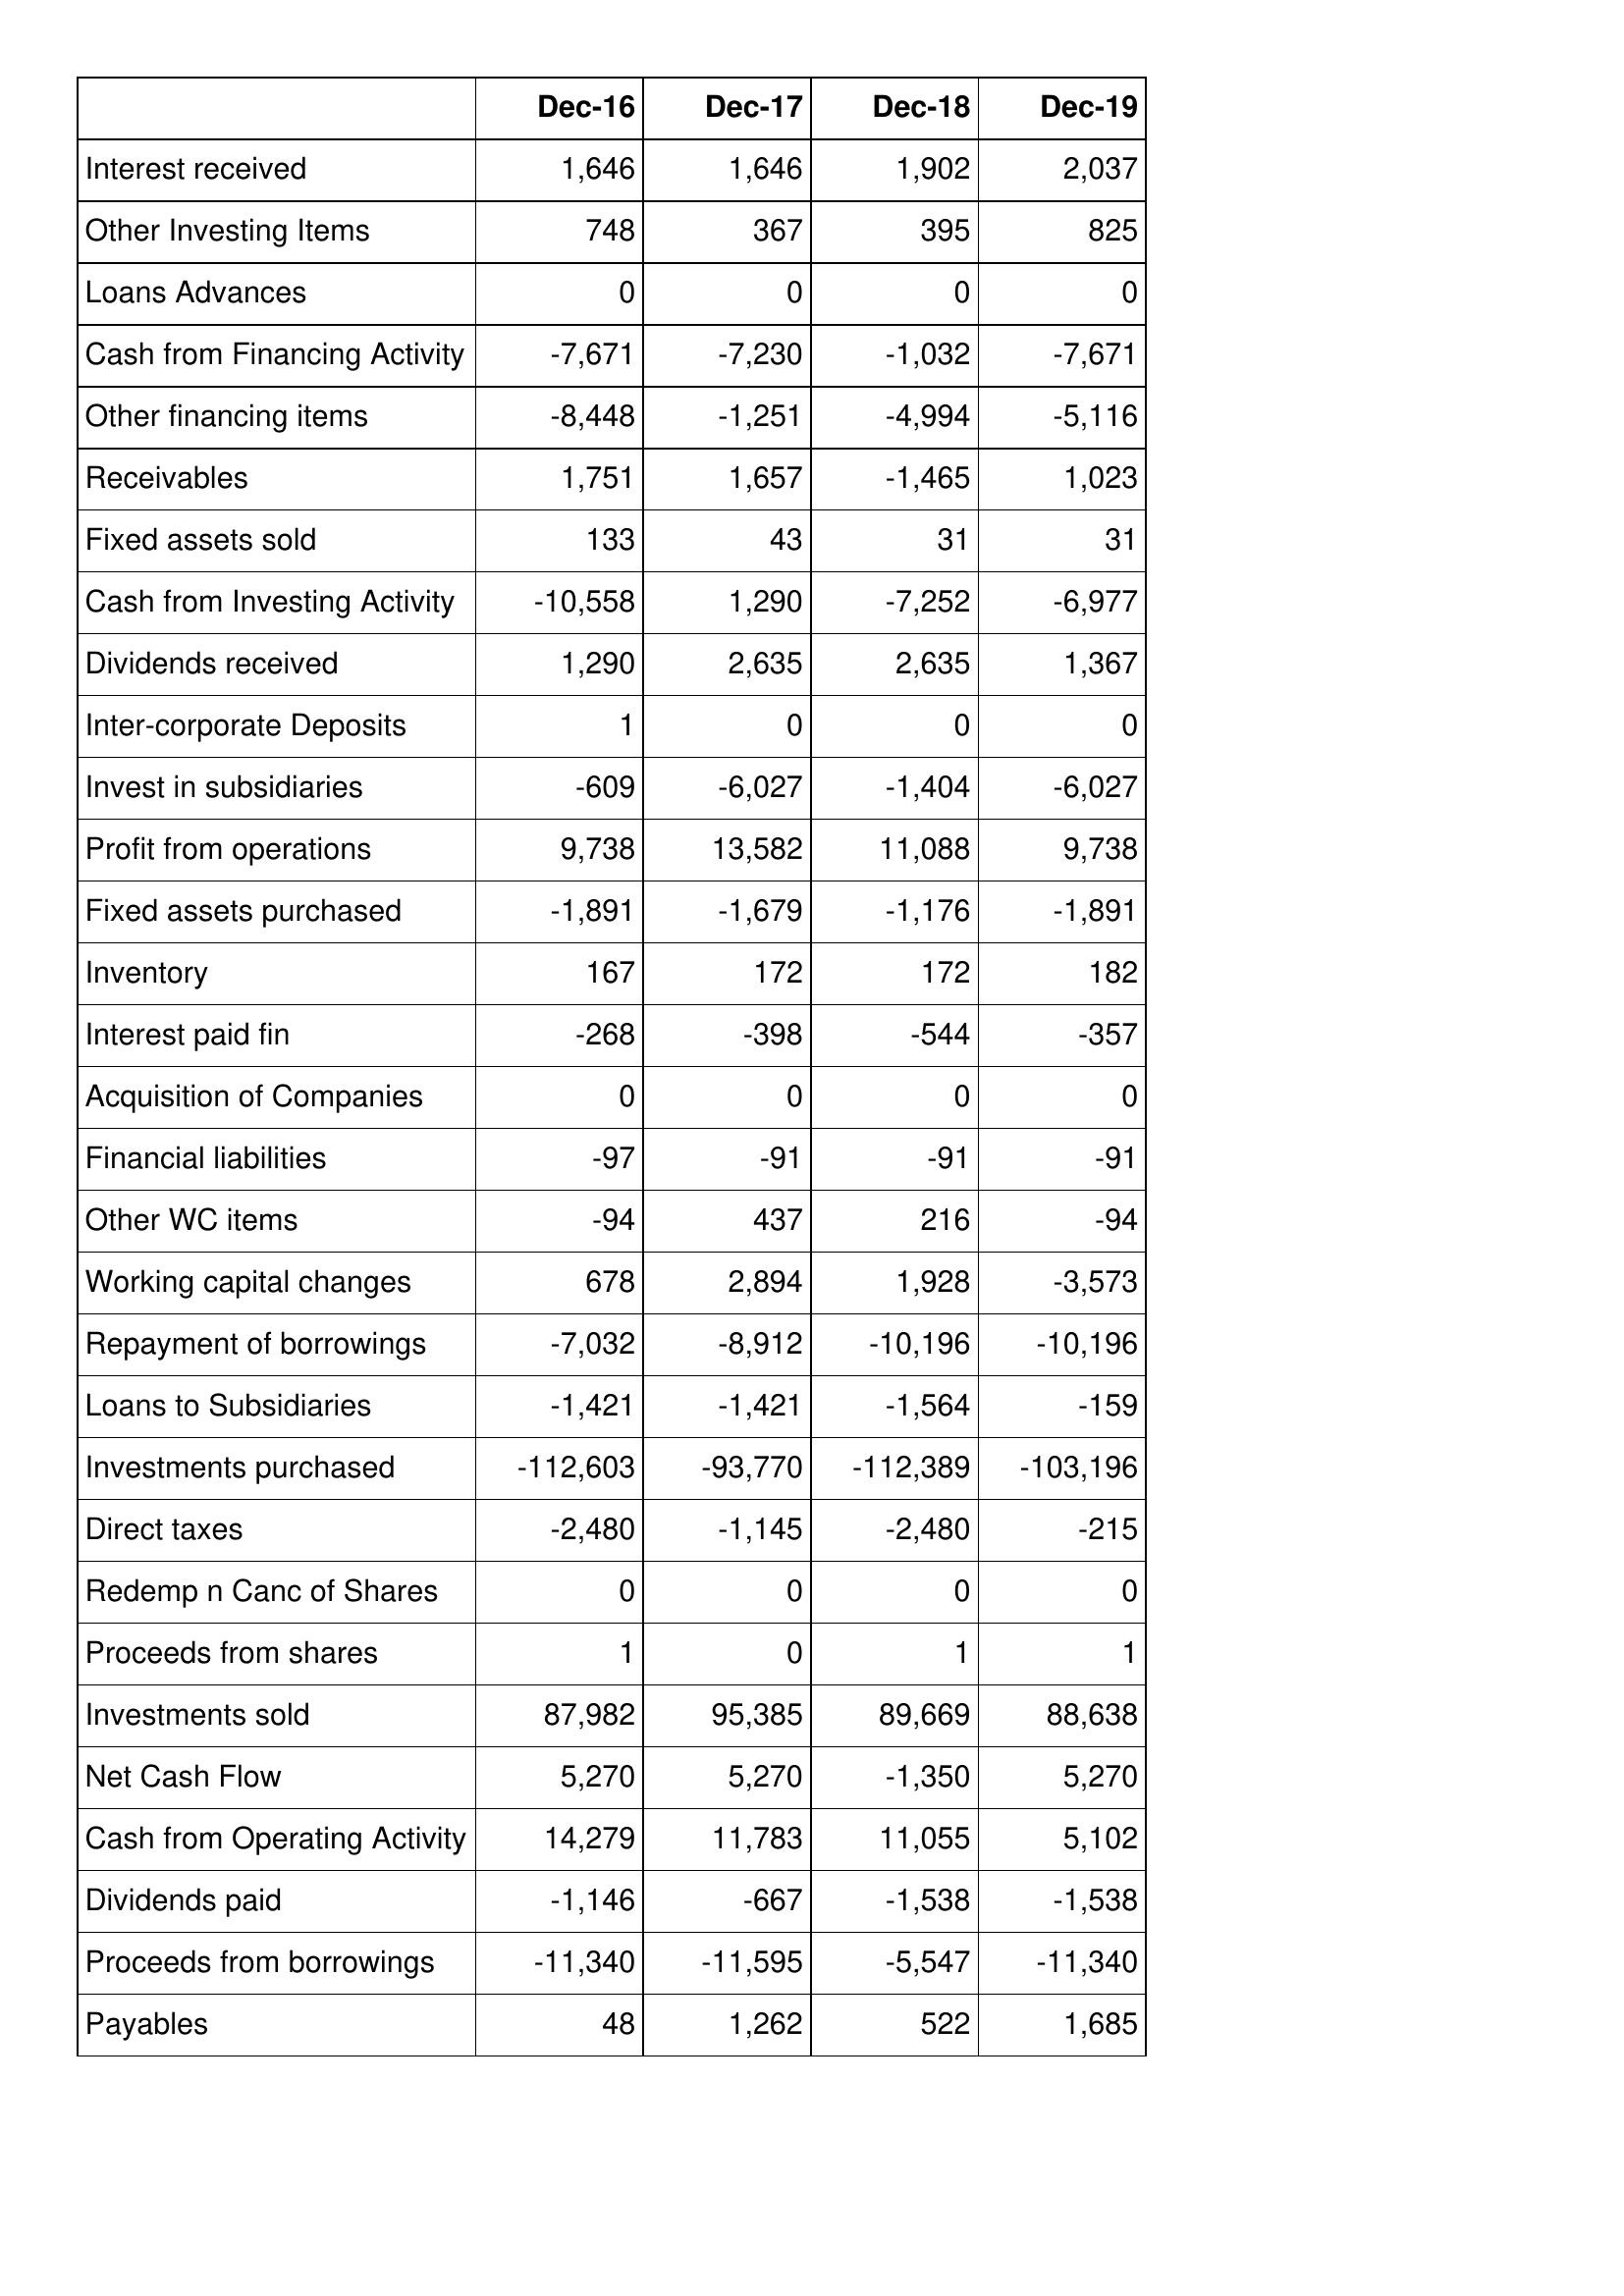
Dec-16: Cash Flows: Interest received: 1,646
Other Investing Items: 748
Loans Advances: 0
Cash from Financing Activity: -7,671
Other financing items: -8,448
Receivables: 1,751
Fixed assets sold: 133
Cash from Investing Activity: -10,558
Dividends received: 1,290
Inter-corporate Deposits: 1
Invest in subsidiaries: -609
Profit from operations: 9,738
Fixed assets purchased: -1,891
Inventory: 167
Interest paid fin: -268
Acquisition of Companies: 0
Financial liabilities: -97
Other WC items: -94
Working capital changes: 678
Repayment of borrowings: -7,032
Loans to Subsidiaries: -1,421
Investments purchased: -112,603
Direct taxes: -2,480
Redemp n Canc of Shares: 0
Proceeds from shares: 1
Investments sold: 87,982
Net Cash Flow: 5,270
Cash from Operating Activity: 14,279
Dividends paid: -1,146
Proceeds from borrowings: -11,340
Payables: 48
Dec-17: Cash Flows: Interest received: 1,646
Other Investing Items: 367
Loans Advances: 0
Cash from Financing Activity: -7,230
Other financing items: -1,251
Receivables: 1,657
Fixed assets sold: 43
Cash from Investing Activity: 1,290
Dividends received: 2,635
Inter-corporate Deposits: 0
Invest in subsidiaries: -6,027
Profit from operations: 13,582
Fixed assets purchased: -1,679
Inventory: 172
Interest paid fin: -398
Acquisition of Companies: 0
Financial liabilities: -91
Other WC items: 437
Working capital changes: 2,894
Repayment of borrowings: -8,912
Loans to Subsidiaries: -1,421
Investments purchased: -93,770
Direct taxes: -1,145
Redemp n Canc of Shares: 0
Proceeds from shares: 0
Investments sold: 95,385
Net Cash Flow: 5,270
Cash from Operating Activity: 11,783
Dividends paid: -667
Proceeds from borrowings: -11,595
Payables: 1,262
Dec-18: Cash Flows: Interest received: 1,902
Other Investing Items: 395
Loans Advances: 0
Cash from Financing Activity: -1,032
Other financing items: -4,994
Receivables: -1,465
Fixed assets sold: 31
Cash from Investing Activity: -7,252
Dividends received: 2,635
Inter-corporate Deposits: 0
Invest in subsidiaries: -1,404
Profit from operations: 11,088
Fixed assets purchased: -1,176
Inventory: 172
Interest paid fin: -544
Acquisition of Companies: 0
Financial liabilities: -91
Other WC items: 216
Working capital changes: 1,928
Repayment of borrowings: -10,196
Loans to Subsidiaries: -1,564
Investments purchased: -112,389
Direct taxes: -2,480
Redemp n Canc of Shares: 0
Proceeds from shares: 1
Investments sold: 89,669
Net Cash Flow: -1,350
Cash from Operating Activity: 11,055
Dividends paid: -1,538
Proceeds from borrowings: -5,547
Payables: 522
Dec-19: Cash Flows: Interest received: 2,037
Other Investing Items: 825
Loans Advances: 0
Cash from Financing Activity: -7,671
Other financing items: -5,116
Receivables: 1,023
Fixed assets sold: 31
Cash from Investing Activity: -6,977
Dividends received: 1,367
Inter-corporate Deposits: 0
Invest in subsidiaries: -6,027
Profit from operations: 9,738
Fixed assets purchased: -1,891
Inventory: 182
Interest paid fin: -357
Acquisition of Companies: 0
Financial liabilities: -91
Other WC items: -94
Working capital changes: -3,573
Repayment of borrowings: -10,196
Loans to Subsidiaries: -159
Investments purchased: -103,196
Direct taxes: -215
Redemp n Canc of Shares: 0
Proceeds from shares: 1
Investments sold: 88,638
Net Cash Flow: 5,270
Cash from Operating Activity: 5,102
Dividends paid: -1,538
Proceeds from borrowings: -11,340
Payables: 1,685